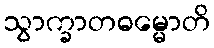
သွာက္ခာတဓမ္မောတိ